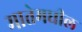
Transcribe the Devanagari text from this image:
मातेमधील